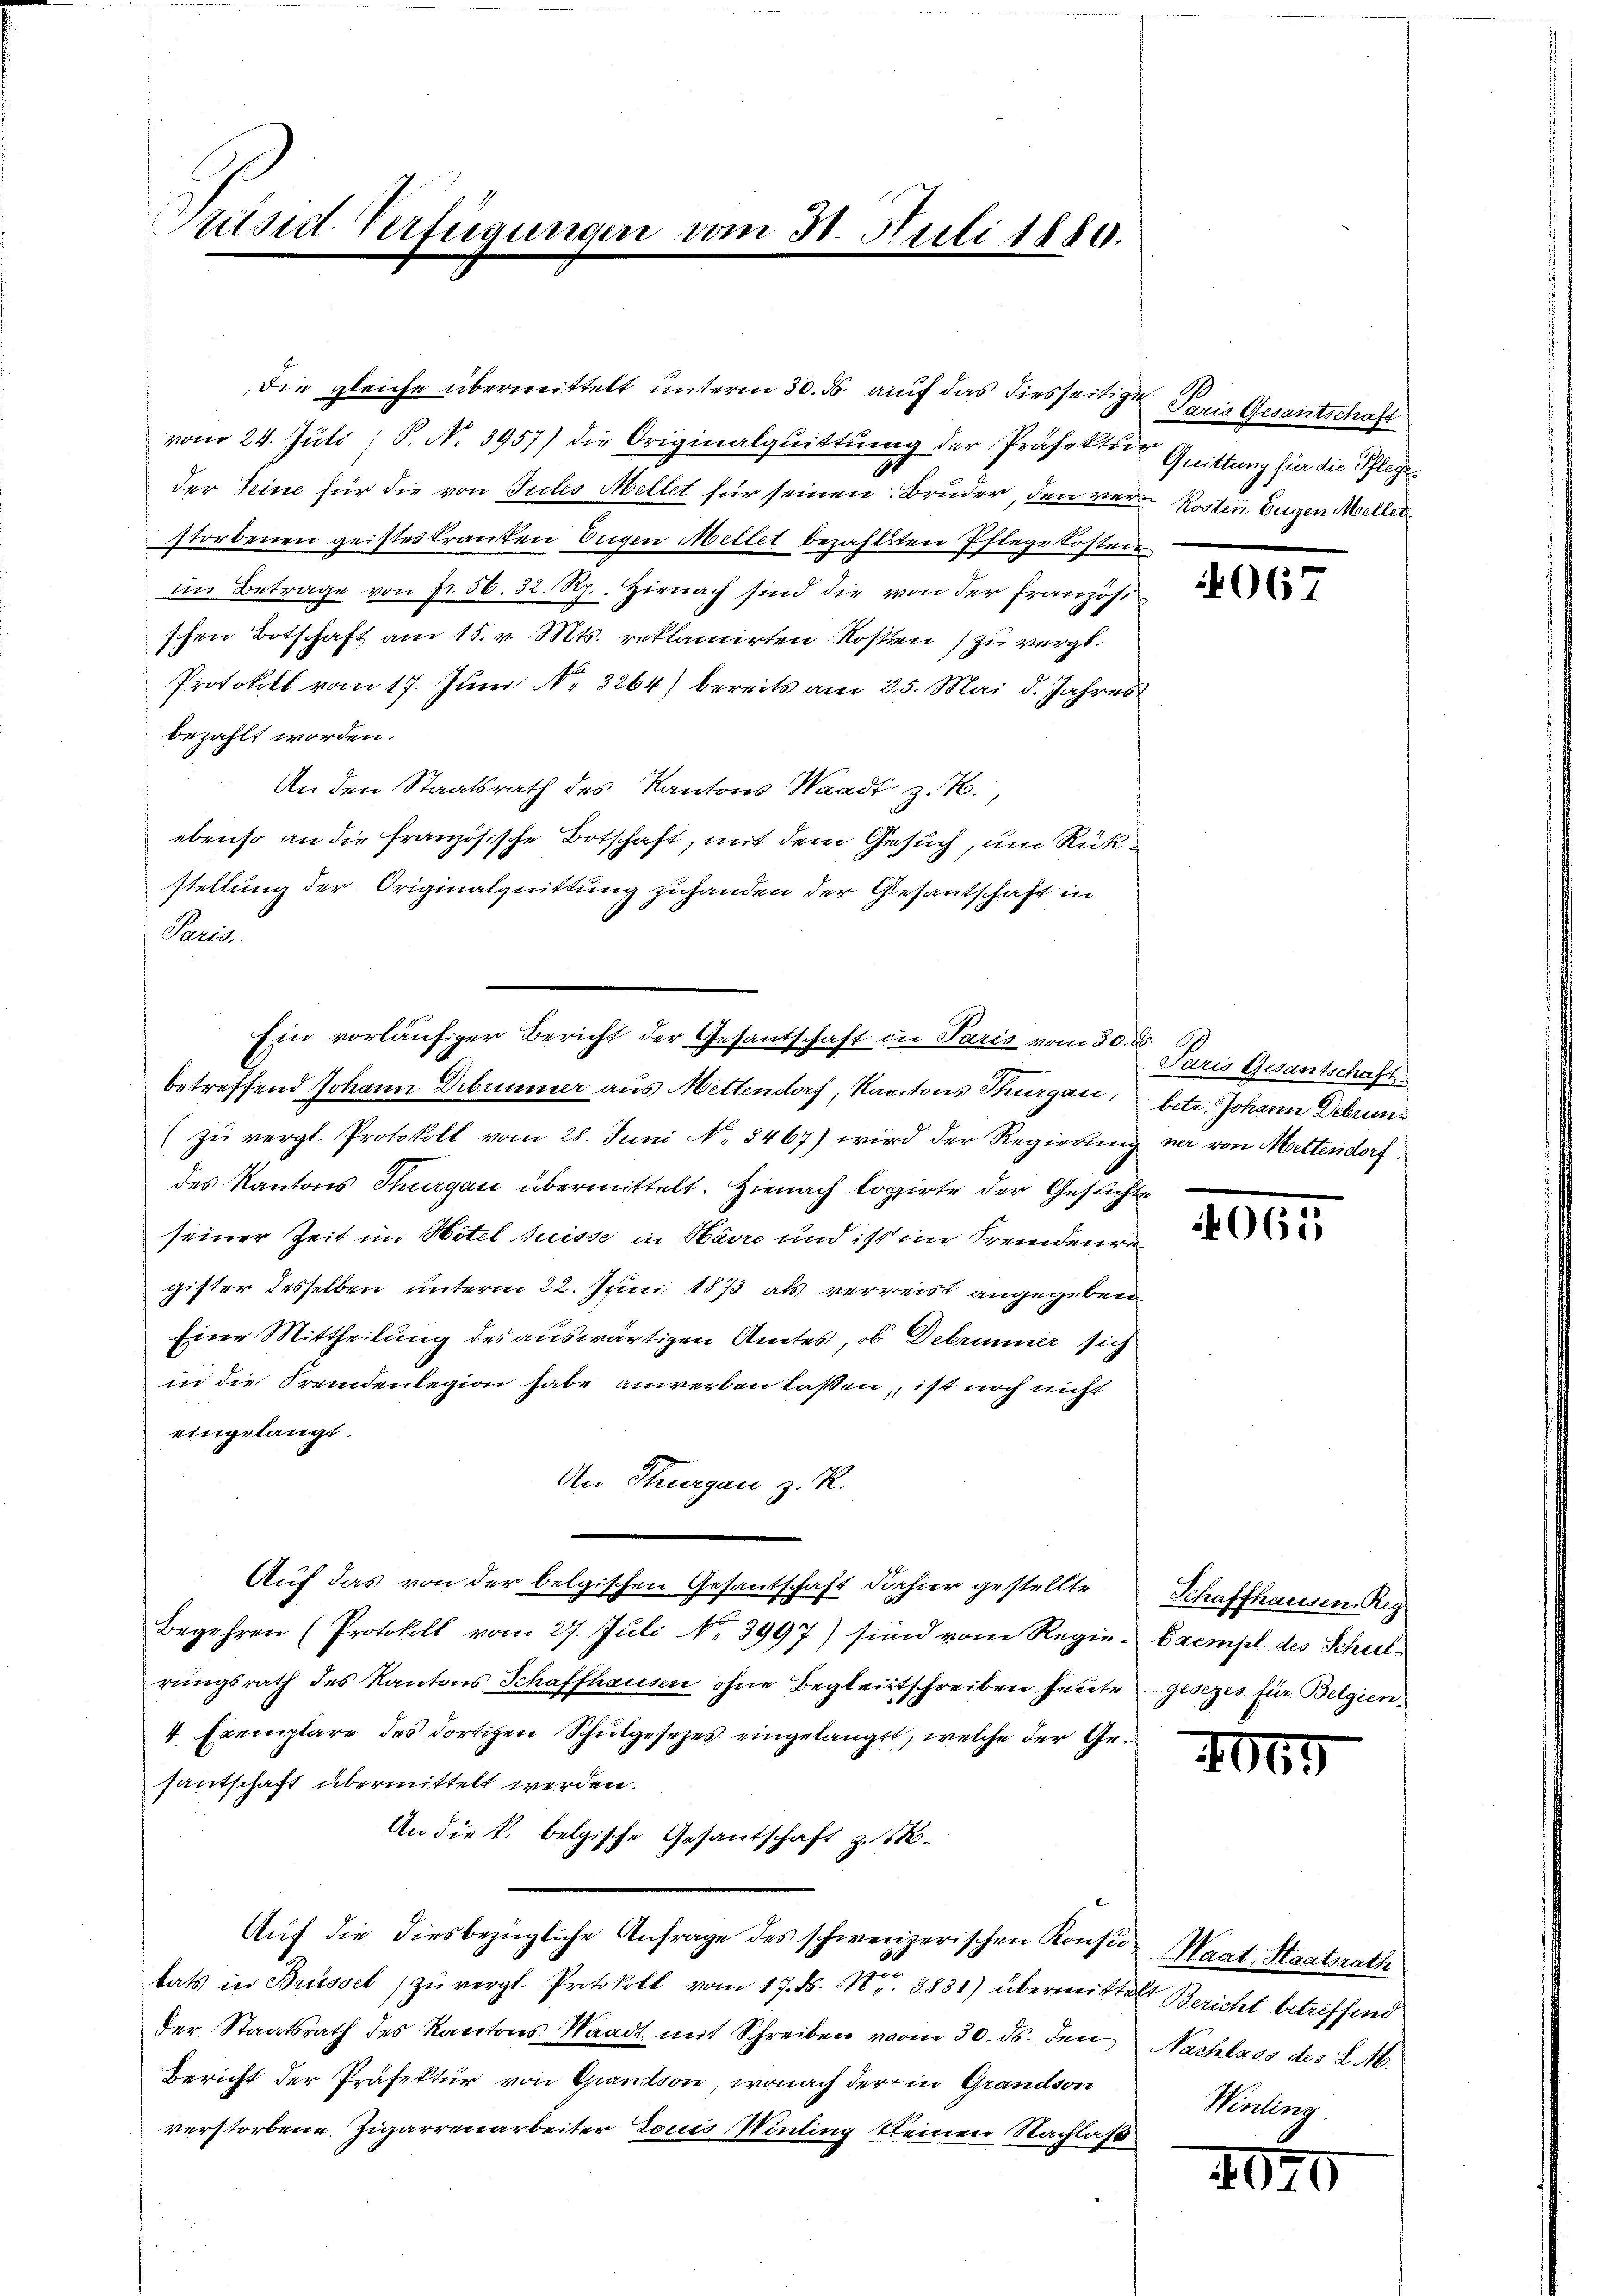
Präsid. Verfügungen

Die gleiche übermittelt unterm 30. ds. auf das diesseitige Paris Gesantschaft
vom 24. Juli (S. Nr. 3957) die Originalquittung der Präfekten Quittung hin die Pflegeder Seine für die von Tules Mellet für seinen Bruder, den vere Kosten Eugen Mellerstorbenen geisteskranten Eugen Mellet bezahlten Pflege Kosten
im Betrage von fr. 56. 32. Rp. Hienach sind die von der Französi
schen Botschaft am 15. v. Mts. reklamirten Kosten) zu vergl.
Protokoll vom 17. Juni No 3264) bereits am 3. 5. Mai d. Jahres
bezahlt worden.
An den Staatsrath des Kantons Waadt z. B.,
ebenso an die französische Botschaft, mit dem Gesuch, um Rükstellung der Originalguittung zuhanden der Gesantschaft in
Paris.
betreffend Johann Debrunner aus Mettendorf, Kantons Thurgau, Orte. Johann Debrun¬
(zu vergl. Protokoll vom 28. Juni No 3467) wird der Regierung ner von Mettendorf
des Kantons Thurgau übermittelt. Hienach logirte der Gesuch
seiner Zeit im Hotel suisse in Wäre und ist im Fremdenre
gister desselben unterm 22. Juni 1873 als verreist angegeben
Eine Mittheilung des auswärtigen Amtes, ob Debrunner sich
in die Fremdenlegion habe anwerben lassen, ist noch nicht
eingelangt.
An Thurgau, z. R.
Auf das von der belgischen Gesantschaft dahier gestellte
Begehren (Protokoll vom 27. Juli No 3997) sind vom Regie-Exempl. des Schulrungsrath des Kantons Schaffhausen ohne Begleitschreiben heute gesezes für Belgien.
4 Exemplare des dortigen Schulgesezes eingelangt, welche der Gesantschaft übermittelt werden.
An die k. belgische Gesantschaft z. B.
Auf die diesbezügliche Anfrage des schweizerischen Konsu-Waat, Staatsrath
tats in Brüssel zŭ vergl. Protokoll vom 17. ds. Nr. 8831) übermittelt Bericht betreffend
der Staatsrath des Kantons Waadt mit Schreiben vom 30. ds. den
Bericht der Präfektur von Grandson, wonach der in Grandson
verstorbene Zigarrenarbeiter Louis Winting keinen Nachlass

vom 30. Juli 1880.

Ein vorläufiger Bericht der Gesandschaft in Paris vom 30. ds.

f

406.

Paris Gesantschaft

E

4065

Schaffhausen Reg

1065

Nachlass des L. M.
Winling.

4040